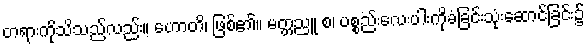
တရားကိုသိသည်လည်း။ ဟောတိ၊ ဖြစ်၏။ မတ္တညူ စ၊ ပစ္စည်းလေးပါးကိုခံခြင်းသုံးဆောင်ခြင်း၌